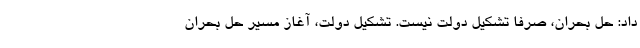
داد: حل بحران، صرفاً تشکیل دولت نیست. تشکیل دولت، آغاز مسیر حل بحران